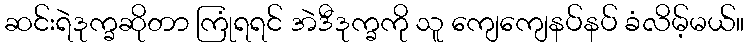
ဆင်းရဲဒုက္ခဆိုတာ ကြုံရရင် အဲဒီဒုက္ခကို သူ ကျေကျေနပ်နပ် ခံလိမ့်မယ်။